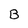
Character: B